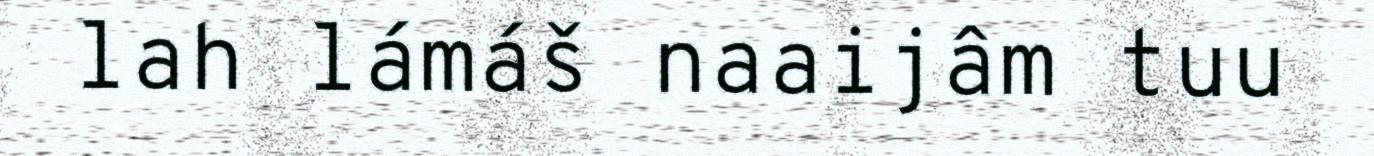
lah lámáš naaijâm tuu